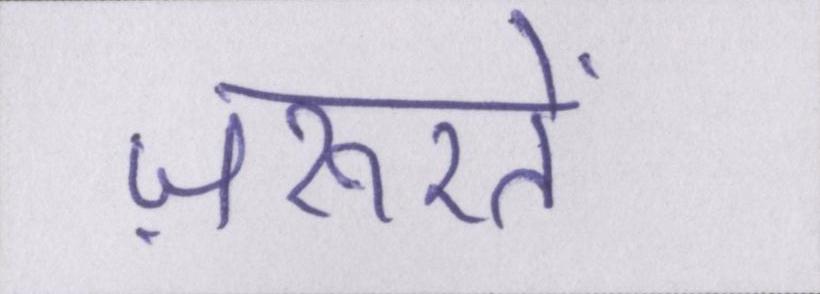
ज़रूरतें